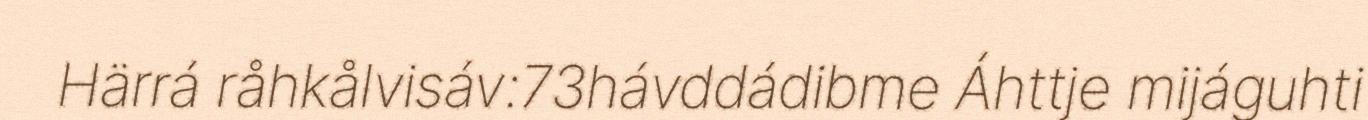
Härrá råhkålvisáv:73hávddádibme Áhttje mijáguhti